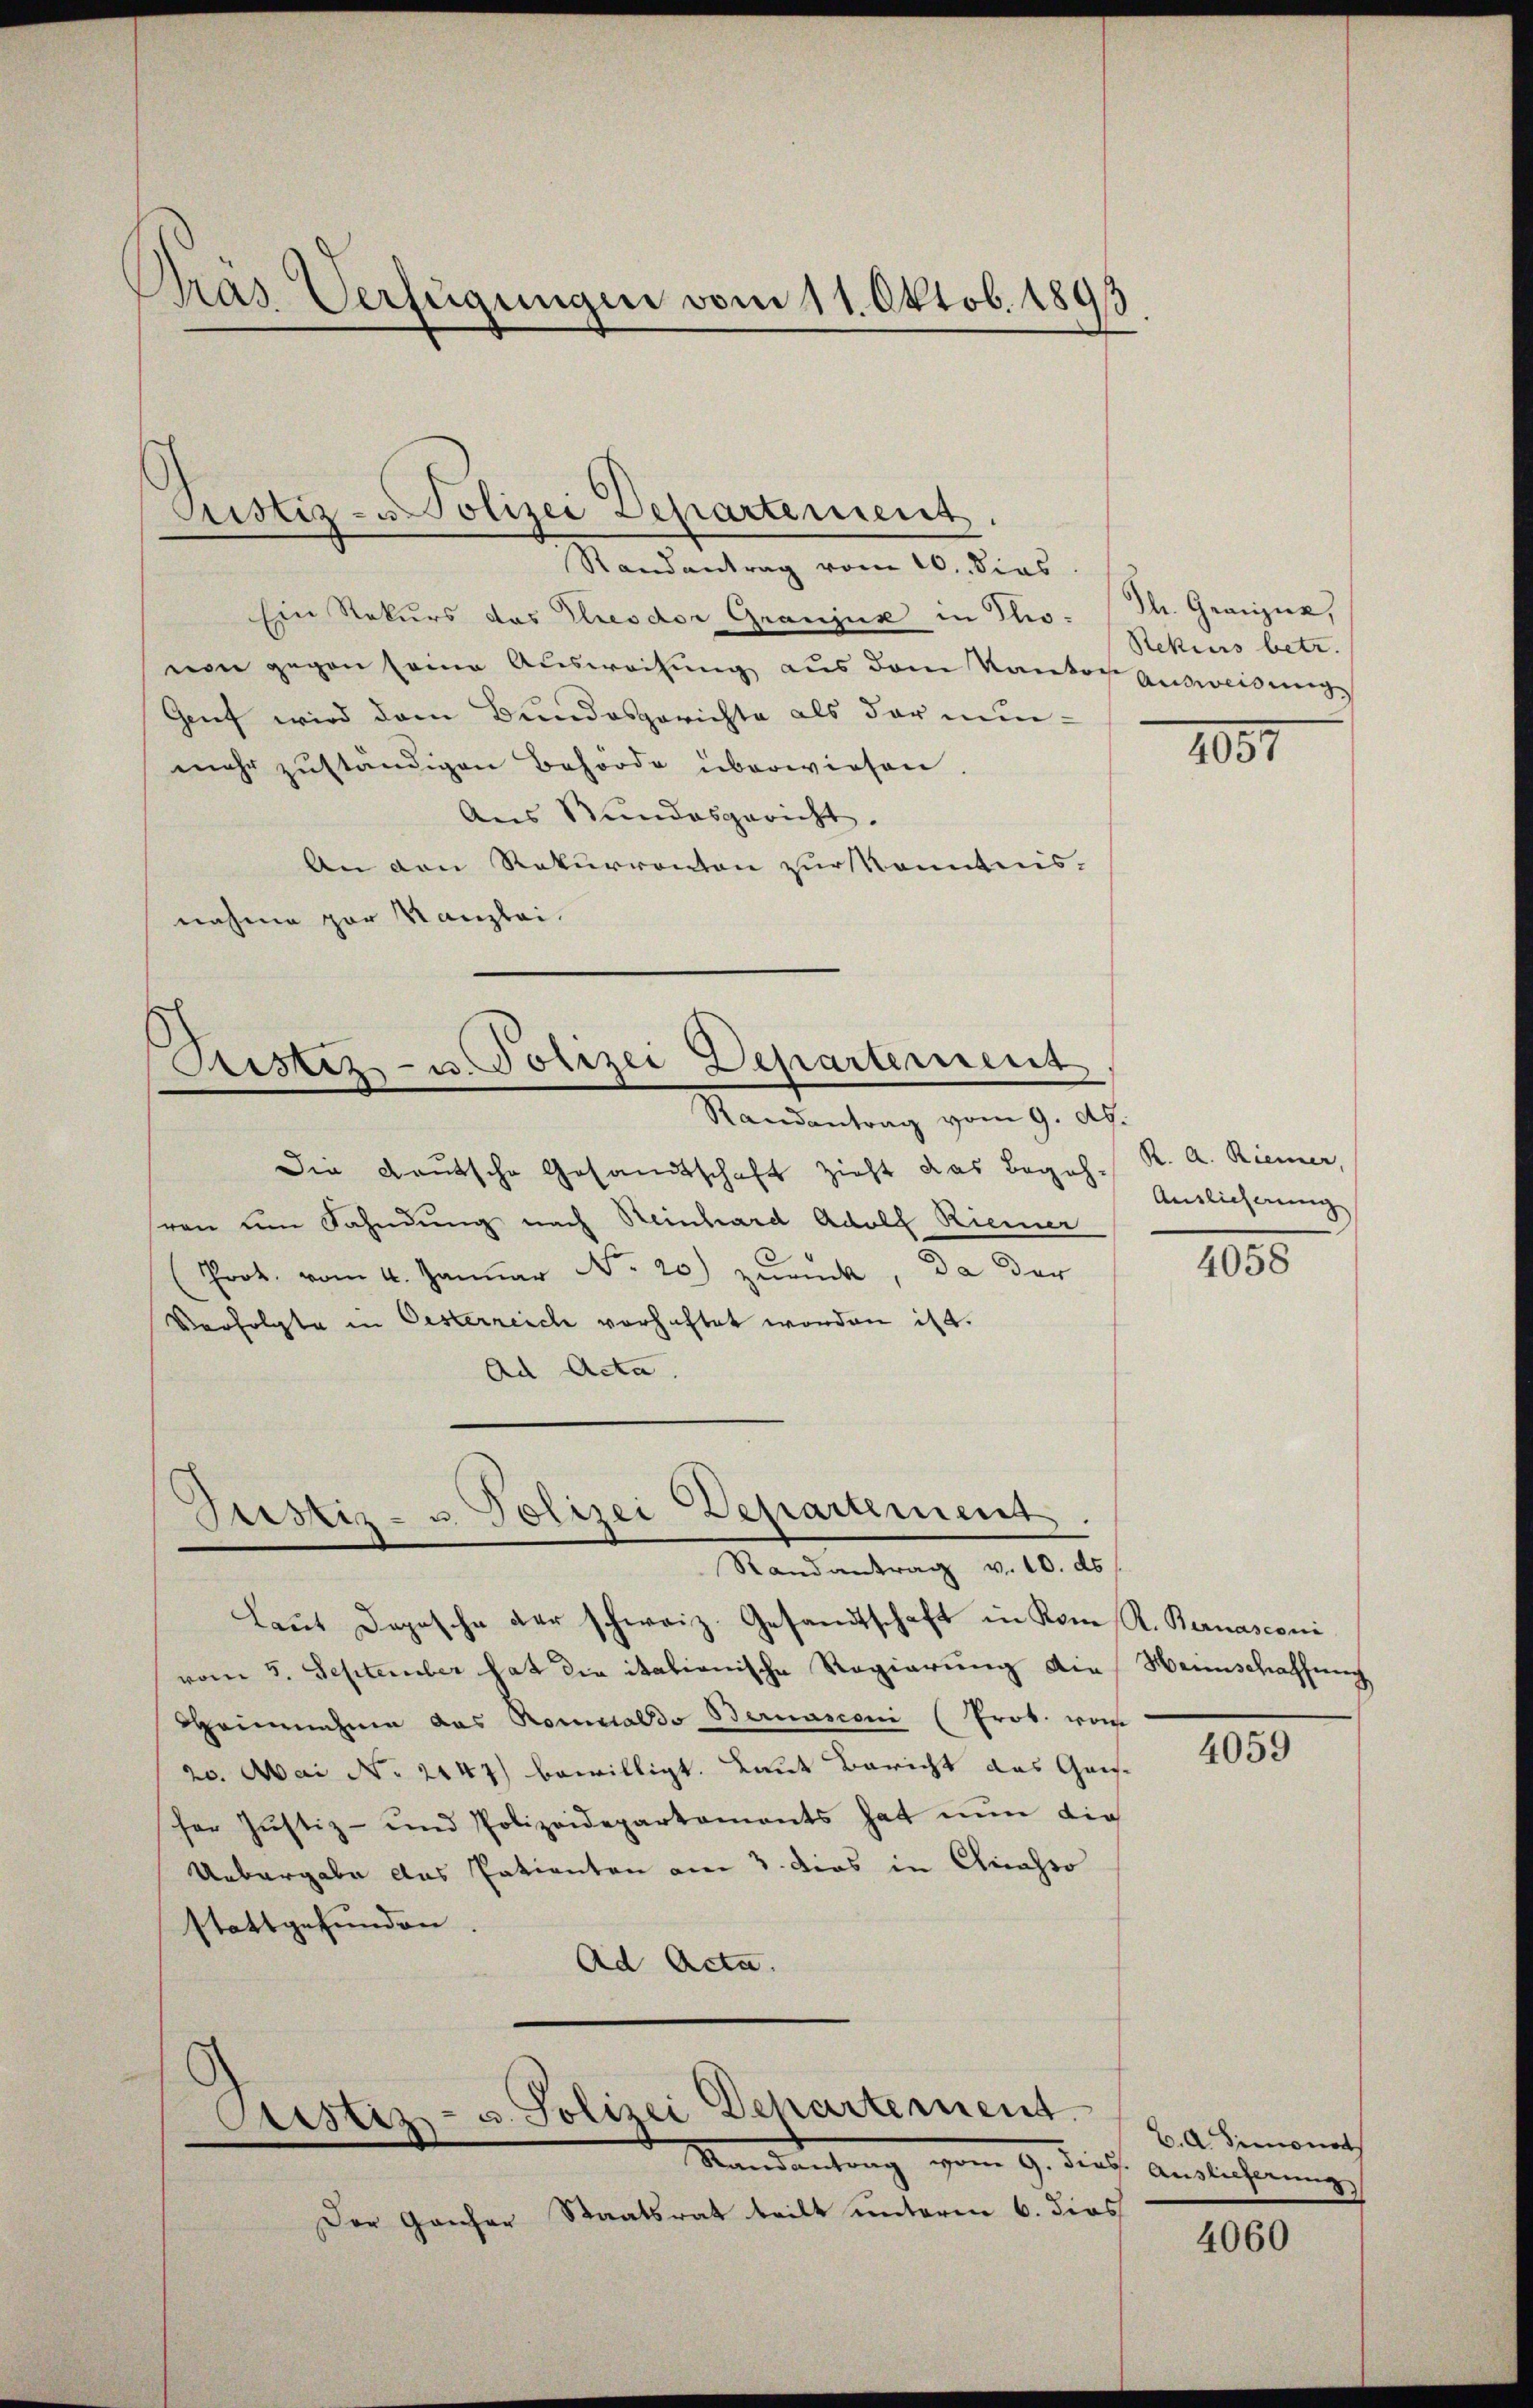
Pras Verfügungen vom 11. Oktob. 1893

Justiz- u Polizei Departement,
Randantrag vom 10. dies

Ein Rekurs das Kresdor Graujus in Thiovon gegen seine Ausweisung aus dem Kanton zuweisung
Genf wird dem Bundesgerichte als der nunmehr zuständigen Behörde überwiesen.
Aus Stundesgericht.
An den Rekurrenton zur Kenntnis-
nahme par Kanzlei.

Ristiz- u. Polizei Departement
Randantrag vom 9. Ap.

Justiz- u. Polizei Departement.
Randantrag v. 10. ds

Die Deutsche Gesandtschaft zieht das Begeht entlicherung
ren um Fahndung nach Reinhard Adolf Riemer
(Prot. vom 4. Janŭar No. 20) zŭrück, da der
Verfolgte in Oesterreich vorhaftet worden ist.
Ad Acta

Laŭt Dopische der schweiz. Gesandtschaft in Kom R. Bernasconi
vom 5. September hat die italienische Regierung die Hannschaffung
Heinnahme das Romsaldo Bernasconi (Prob. vom
20. Mai No 2447) bewilligt. Laut Bericht das Gais-
fer Justiz- und Polizeidepartaments hat nŭn die
Uebergabe das Patienten am 3. dies in Chicasso
stattgefunden.
Ad Acta.

Astiz- u. Polizei Departement.
Randentrag vom 9. die Auslicherung

Der Ganzer Staatsrat teilt unterm 6. dies

Sl. Gränz(...)
Rekurs betr.

101

K. A. Riemer,

4058

4059

C. A. Simonot

4060